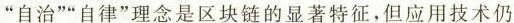
”自治””自律”理念是区块链的显著特征，但应用技术仍